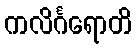
ကလိင်္ဂရောတိ